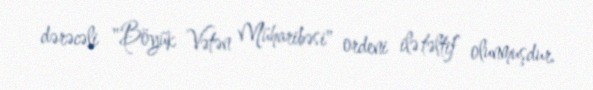
dərəcəli "Böyük Vətən Müharibəsi" ordeni ilə təltif olunmuşdur.